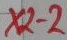
Text: X2-2